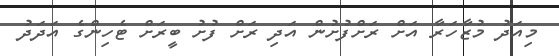
މިއަދު މުޒާހަރާ އަށް ރަށްފުށުން އަދި ރަށް ފުށު ބީރަށް ޓެހިންގެ އަދަދު